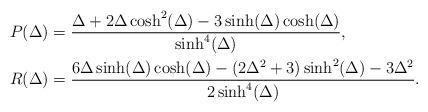
LaTeX: \begin{align*}P(\Delta) &= \frac{\Delta + 2\Delta \cosh^2(\Delta) - 3\sinh(\Delta)\cosh(\Delta) }{\sinh^4(\Delta)},\\R(\Delta) &= \frac{6 \Delta \sinh(\Delta)\cosh(\Delta) -(2\Delta^2 +3)\sinh^2(\Delta) -3\Delta^2 }{2\sinh^4(\Delta)} .\end{align*}